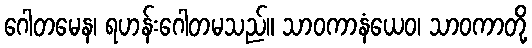
ဂေါတမေန၊ ရဟန်းဂေါတမသည်။ သာဝကာနံယေဝ၊ သာဝကာတို့